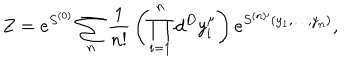
LaTeX: Z = e ^ { S ^ { ( 0 ) } } \sum _ { n } { \frac { 1 } { n ! } } \left( \prod _ { i = 1 } ^ { n } d ^ { D } y _ { i } ^ { \mu } \right) e ^ { S ^ { ( n ) \prime } ( y _ { 1 } , \dots , y _ { n } ) } ,